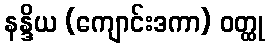
နန္ဒိယ (ကျောင်းဒကာ) ဝတ္ထု